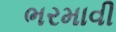
ભરમાવી